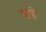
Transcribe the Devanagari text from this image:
ढा़बे